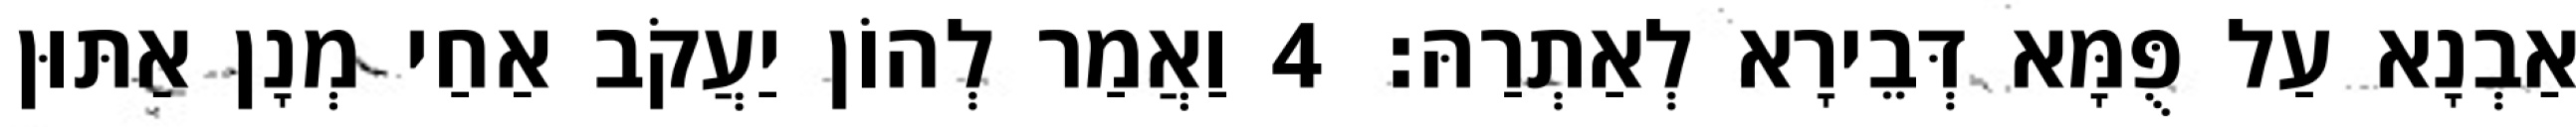
אַבְנָא עַל פֻּמָּא דְּבֵירָא לְאַתְרַהּ׃ 4 וַאֲמַר לְהוֹן יַעֲקֹב אַחַי מְנָן אַתּוּן